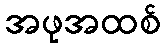
အဖုအထစ်